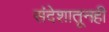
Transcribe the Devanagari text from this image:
संदेशातूनही